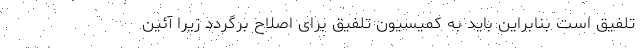
تلفیق است بنابراین باید به کمیسیون تلفیق برای اصلاح برگردد زیرا آئین